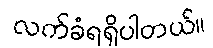
လက်ခံရရှိပါတယ်။